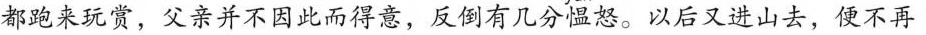
都跑来玩赏，父亲并不因此而得意，反倒有几分愠怒。以后又进山去，便不再